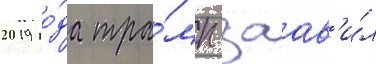
2019 го́да тра́мп заав'и́л